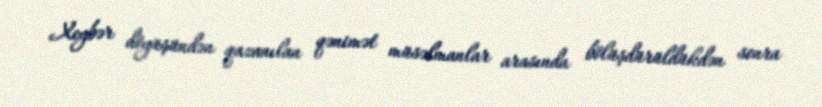
Xeybər döyüşündən qazanılan qənimət müsəlmanlar arasında bölüşdürüldükdən sonra